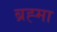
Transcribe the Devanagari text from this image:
ब्रह्‍मा